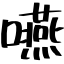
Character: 嚥